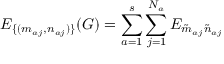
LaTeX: E _ { \{ ( m _ { a j } , n _ { a j } ) \} } ( G ) = \sum _ { a = 1 } ^ { s } \sum _ { j = 1 } ^ { N _ { a } } E _ { \tilde { m } _ { a j } \tilde { n } _ { a j } }